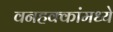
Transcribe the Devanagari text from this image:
वनहक्कांमध्ये